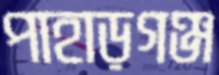
পাহাড়গঞ্জ